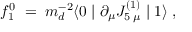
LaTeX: f _ { 1 } ^ { 0 } \; = \; m _ { d } ^ { - 2 } \langle 0 \mid \partial _ { \mu } J _ { 5 \; \mu } ^ { ( 1 ) } \mid 1 \rangle \; ,